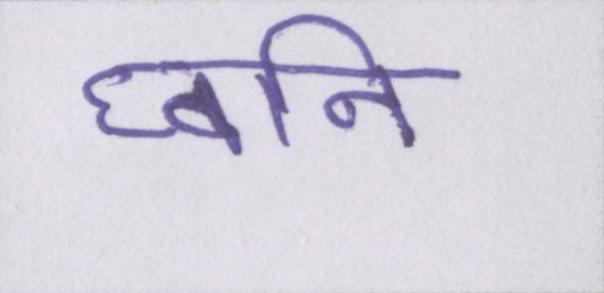
घ्वनि